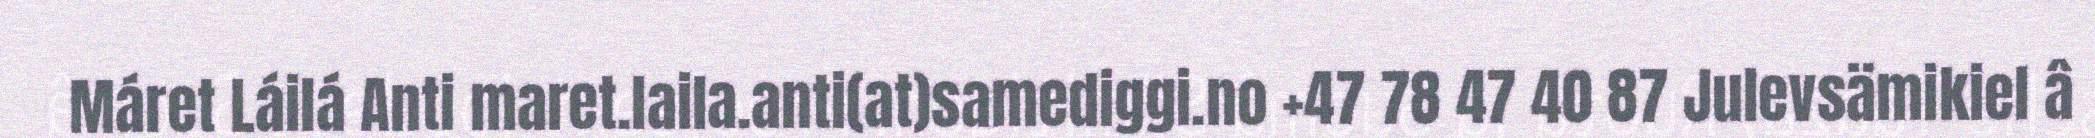
Máret Láilá Anti maret.laila.anti(at)samediggi.no +47 78 47 40 87 Julevsämikiel â